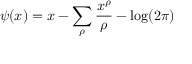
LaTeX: \psi ( x ) = x - \sum _ { \rho } { \frac { x ^ { \rho } } { \rho } } - \log ( 2 \pi )